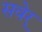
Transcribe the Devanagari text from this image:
सवेर्